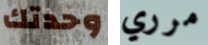
وحدتك مرري